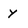
Character: y